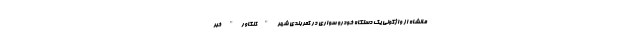
مانشاه از واژگونی یک دستگاه خودرو سواری در کمربندی شهر "کنگاور" خبر